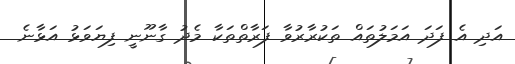
އަދި އެ ފަދަ އަމަލުތައް ތަކުރާރުވާ ފަރާތްތަކާ މެދު ގާނޫނީ ފިޔަވަޅު އަޅާނެ